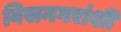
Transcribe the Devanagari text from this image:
विसनगरांशीं